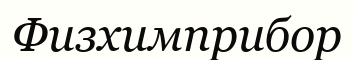
Физхимприбор